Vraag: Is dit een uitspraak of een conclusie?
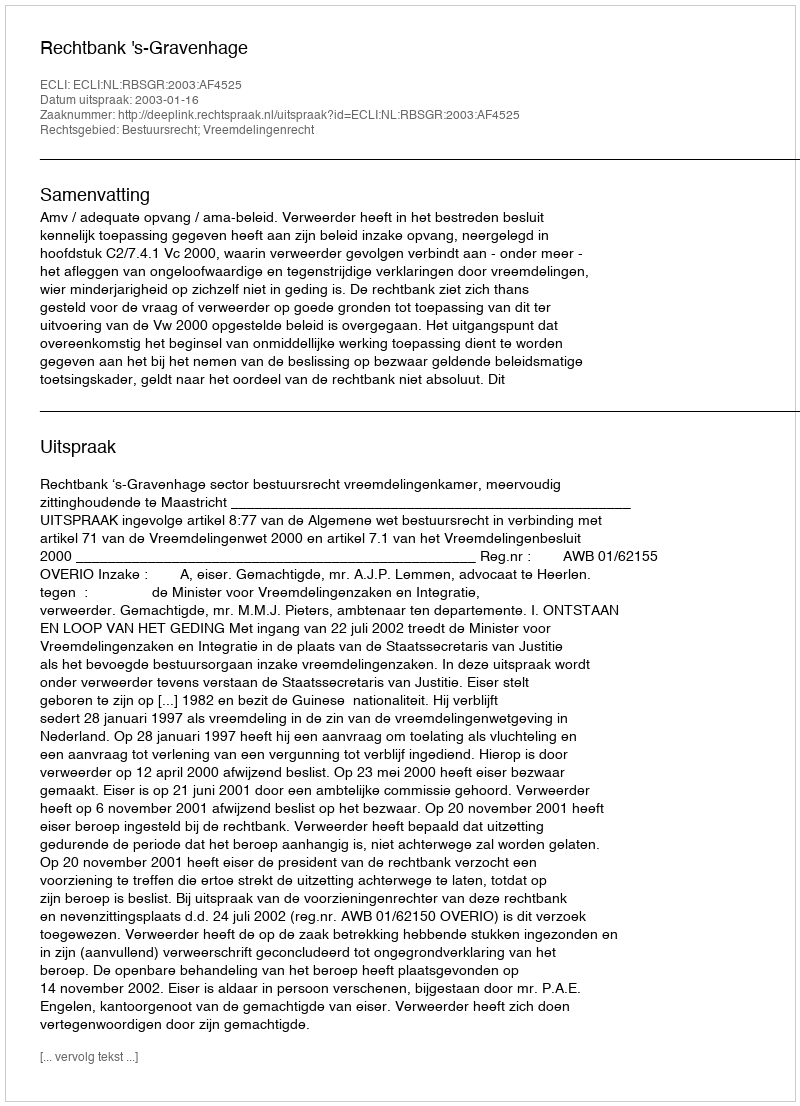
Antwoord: Uitspraak